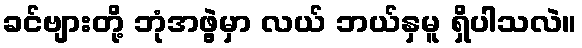
ခင်ဗျားတို့ ဘုံအဖွဲ့မှာ လယ် ဘယ်နှမူ ရှိပါသလဲ။